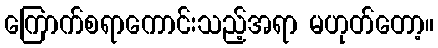
ကြောက်စရာကောင်းသည့်အရာ မဟုတ်တော့။